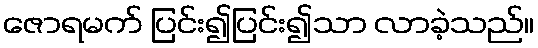
ဇောရမက် ပြင်း၍ပြင်း၍သာ လာခဲ့သည်။